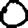
Digit: 0